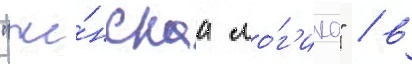
"же́нскаа ло́г'ика" / в